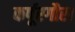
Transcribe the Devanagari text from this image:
कर्पूरगौरा